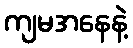
ကျမအနေနဲ့